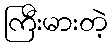
ကြီးမားတဲ့